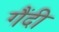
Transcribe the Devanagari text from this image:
गैंदी